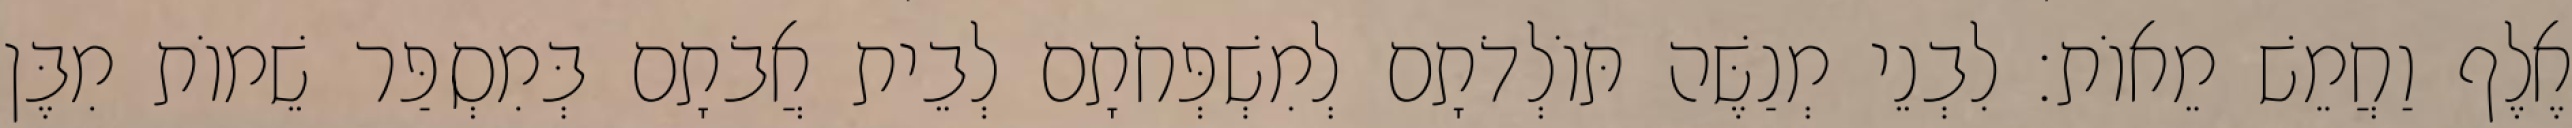
אֶלֶף וַחֲמֵשׁ מֵאוֹת׃ לִבְנֵי מְנַשֶּׁה תּוֹלְדֹתָם לְמִשְׁפְּחֹתָם לְבֵית אֲבֹתָם בְּמִסְפַּר שֵׁמוֹת מִבֶּן